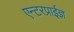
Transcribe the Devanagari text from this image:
एन्टरप्राईज्ञ